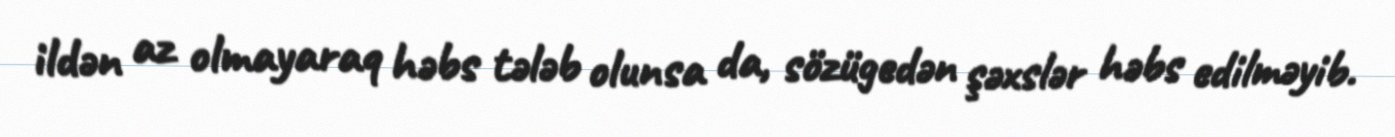
ildən az olmayaraq həbs tələb olunsa da, sözügedən şəxslər həbs edilməyib.